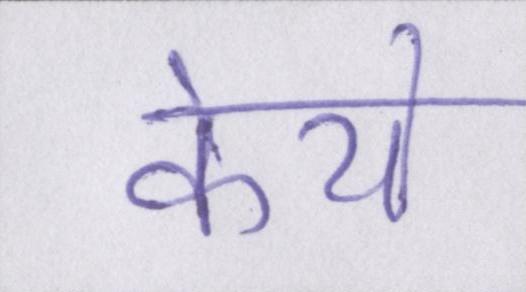
केये